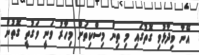
އޭނާ ވިދާޅުވި ގޮތުގައި މި ތިން މިސްކިތަށް މިހާރު ވަނީ ވަގުތީ ގޮތުން